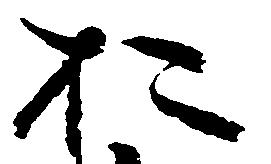
於